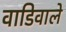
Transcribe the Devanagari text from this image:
वाडिवाले